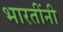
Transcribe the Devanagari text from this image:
भारतींनी